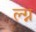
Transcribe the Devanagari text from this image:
ल्ग्न